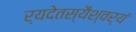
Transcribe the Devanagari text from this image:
र्यदेतस्यैश्वर्यं